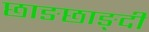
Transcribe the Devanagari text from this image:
छाङछाङ्दी